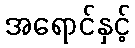
အရောင်နှင့်